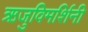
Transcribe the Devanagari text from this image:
ऋजुविमर्शिनी